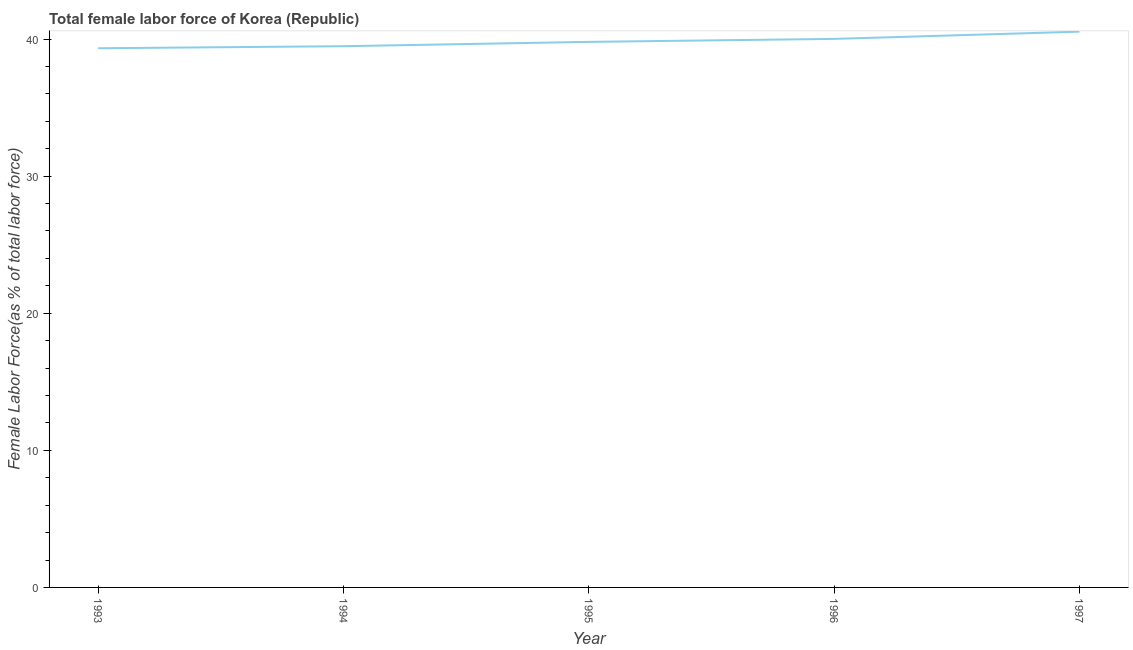
| Year | Female Labor force |
 | --- | --- |
 | 1993 | 39.3 |
 | 1994 | 39.5 |
 | 1995 | 39.8 |
 | 1996 | 40 |
 | 1997 | 40.5 |